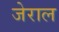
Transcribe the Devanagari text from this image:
जेराल